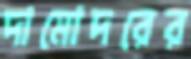
দামোদরের